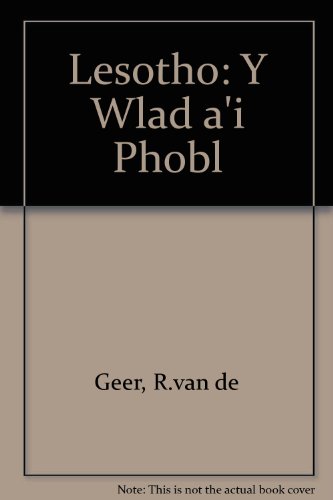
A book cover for Lesotho: Y Wlad A'i Phobl; R.van de Geer; Travel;